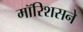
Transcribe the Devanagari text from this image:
मॉरिशसने